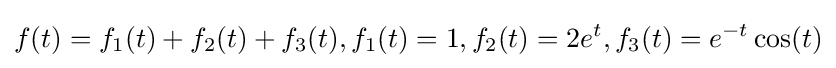
f(t)=f_{1}(t)+f_{2}(t)+f_{3}(t),f_{1}(t)=1,f_{2}(t)=2e^{t},f_{3}(t)=e^{-t}\cos(t)